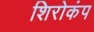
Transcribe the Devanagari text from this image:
शिरोकंप